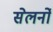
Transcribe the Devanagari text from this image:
सेलर्नो